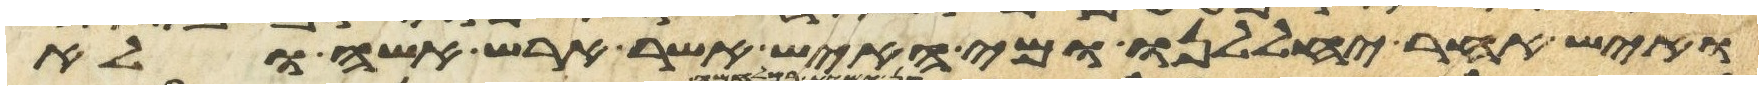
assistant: ואיש אחר יחללנו ומי האיש אשר ארש אשה ולא